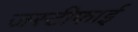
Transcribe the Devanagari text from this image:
जस्टीफाई